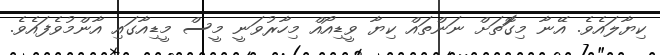
ކިޔާލައެވެ. އޭނާ މިގޮަތަށް ނަންތައް ކިޔާ ވީޑިއޯއް މިހާރުވަނީ މީސް މީޑިއާގައި އާންމުވެފައެވެ.